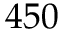
4 5 0